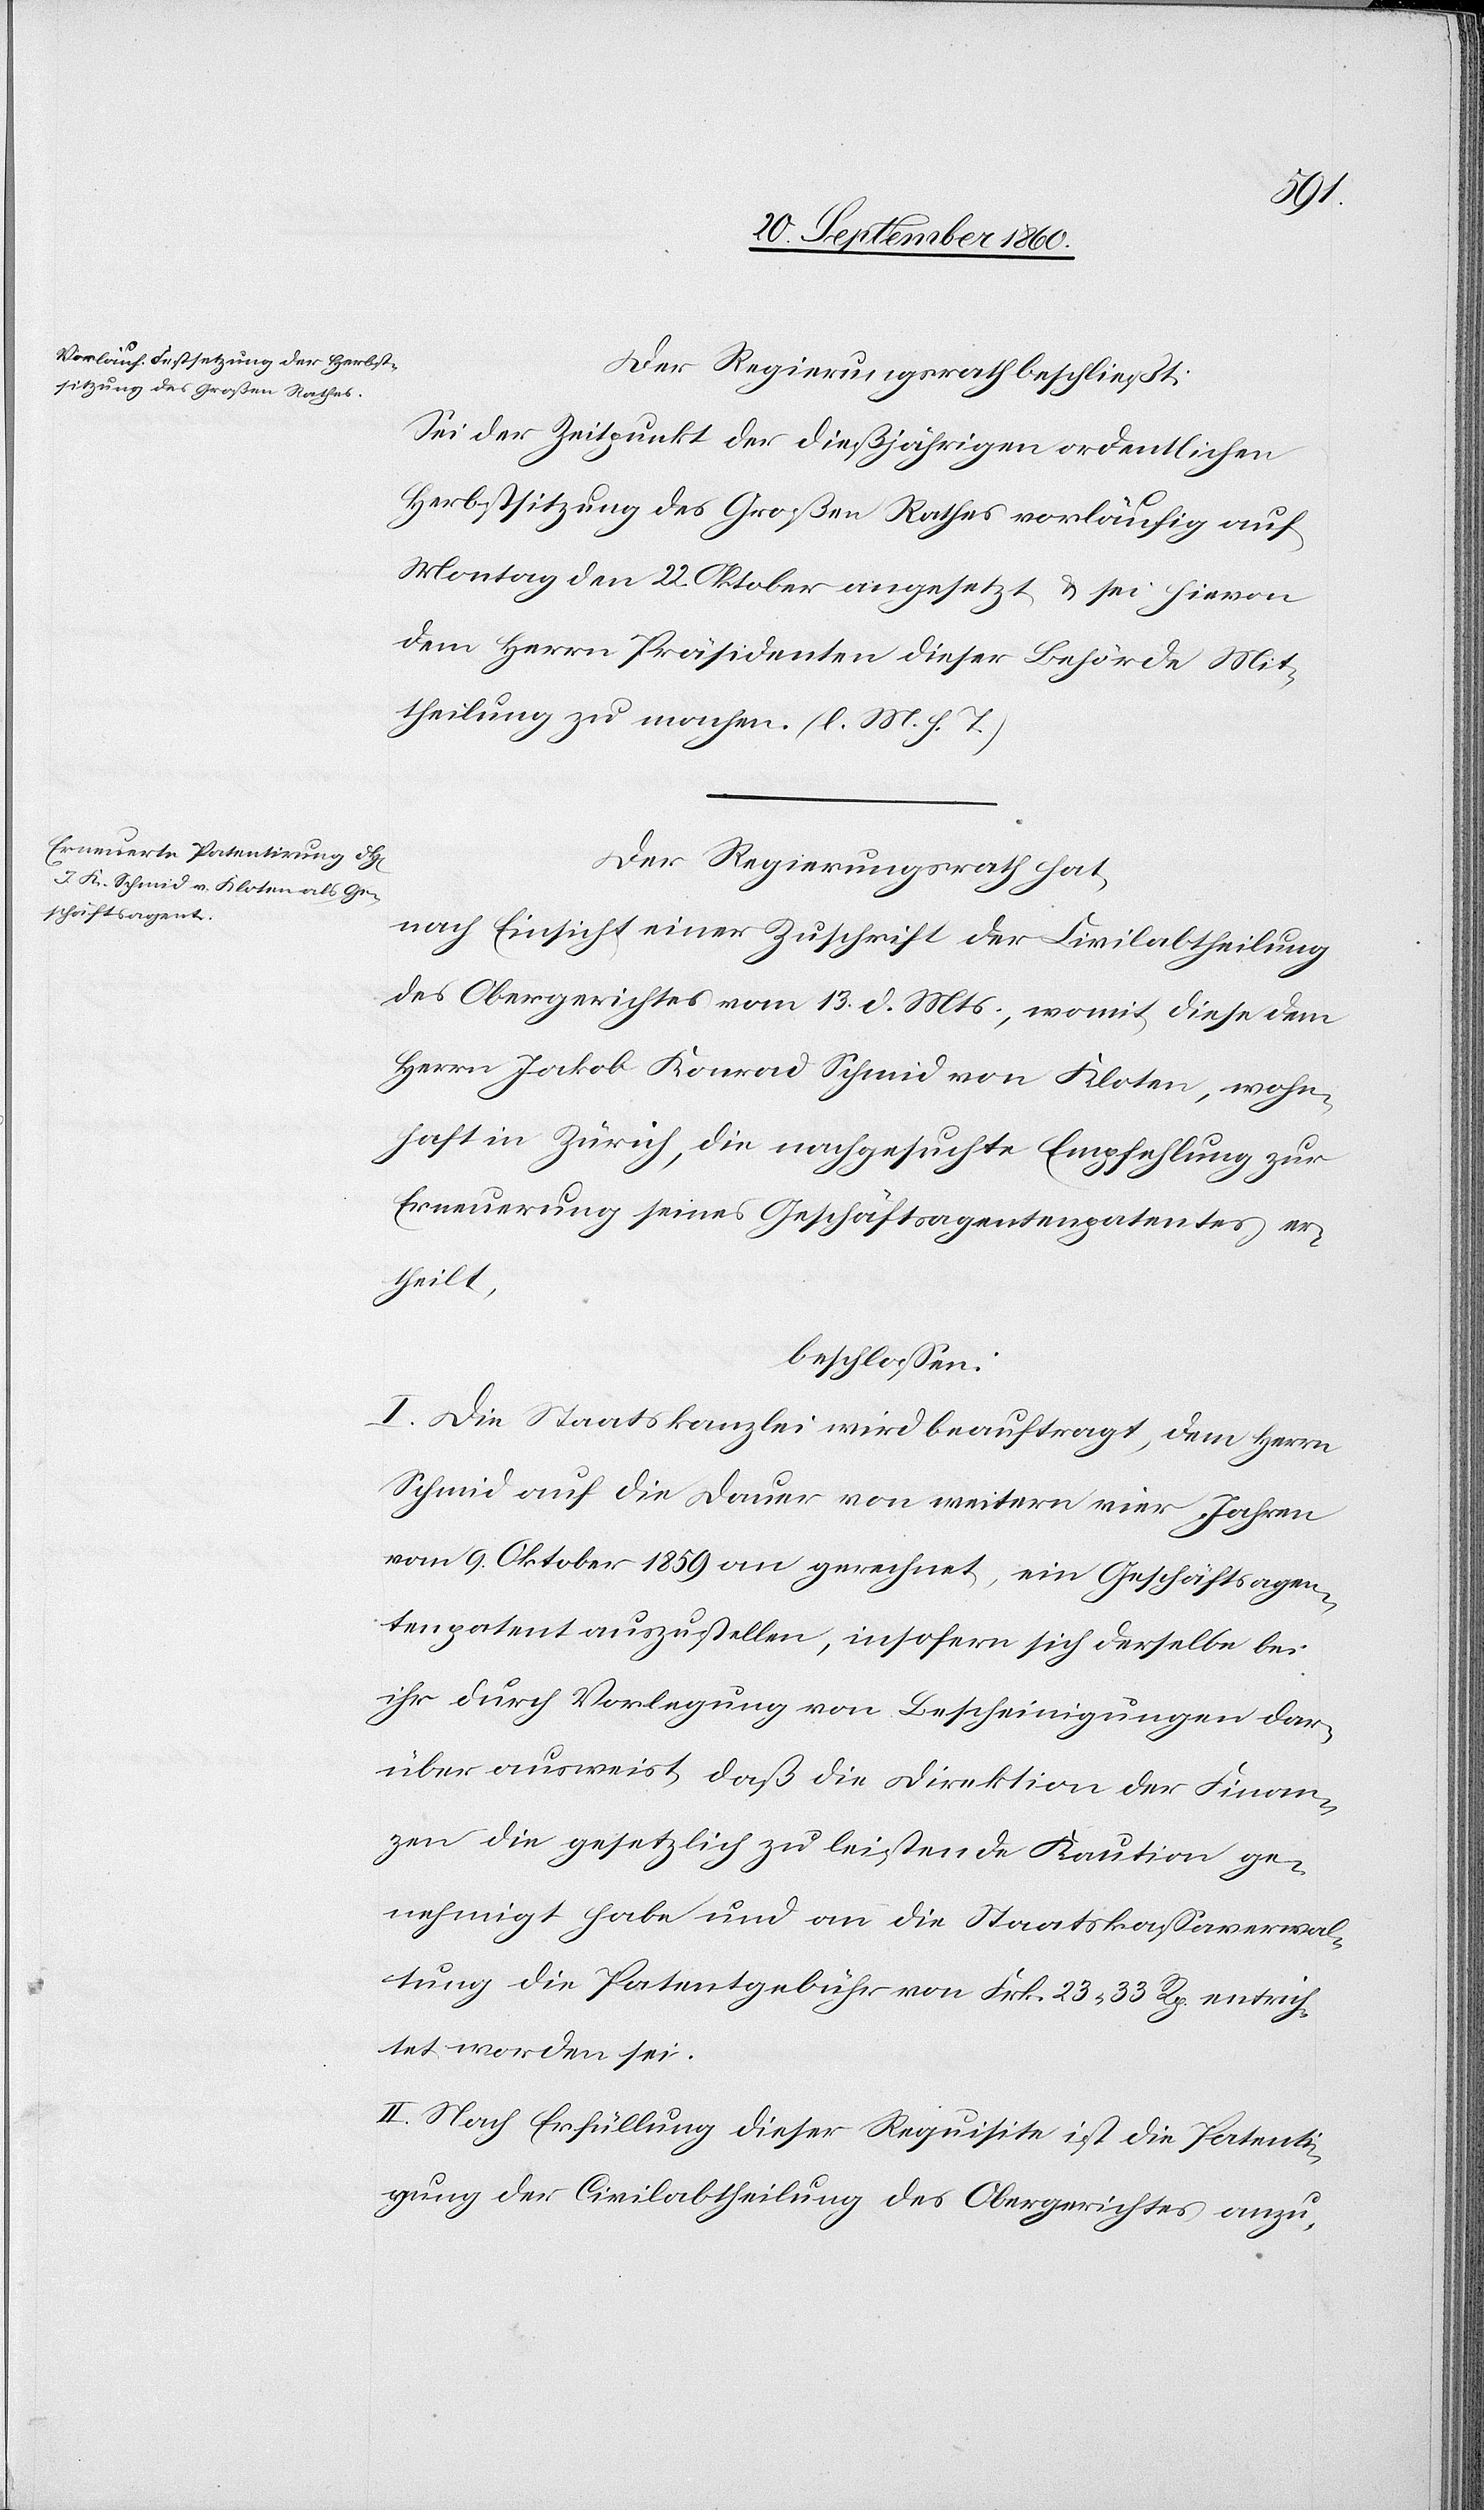
Der Regierungsrath beschließt:
Sei der Zeitpunkt der dießjährigen ordentlichen
Herbstsitzung des Großen Rathes vorläufig auf
Montag den 22. Oktober angesetzt & sei hievon
dem Herrn Präsidenten dieser Behörde Mit¬
theilung zu machen. (l. M. h. T.)
Der Regierungsrath hat,
nach Einsicht einer Zuschrift der Civilabtheilung
des Obergerichtes vom 13. d. Mts., womit diese dem
Herrn Jakob Konrad Schmid von Kloten, wohn¬
haft in Zürich, die nachgesuchte Empfehlung zur
Erneuerung seines Geschäftsagentenpatentes er¬
theilt,
beschlossen:
I. Die Staatskanzlei wird beauftrag, dem Herrn
Schmid auf die Dauer von weitern vier Jahren
vom 9. Oktober 1859 an gerechnet, ein Geschäftsagen¬
tenpatent auszustellen, insofern sich derselbe bei
ihr durch Vorlegung von Bescheinigungen dar¬
über ausweist, daß die Direktion der Finan¬
zen die gesetzlich zu leistende Kaution ge¬
nehmigt habe und an die Staatskassaverwal¬
tung die Patentgebühren Frk. 23 33 Rp. entrich¬
tet worden sei.
II. Nach Erfüllung dieser Requisite ist die Patenti¬

gung